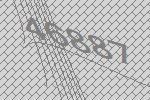
46887